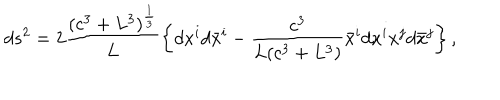
LaTeX: d s ^ { 2 } = 2 \frac { ( c ^ { 3 } + L ^ { 3 } ) ^ { \frac 1 3 } } L \left\{ d x ^ { i } d \bar { x } ^ { i } - \frac { c ^ { 3 } } { L ( c ^ { 3 } + L ^ { 3 } ) } \bar { x } ^ { i } d x ^ { i } x ^ { j } d \bar { x } ^ { j } \right\} ,